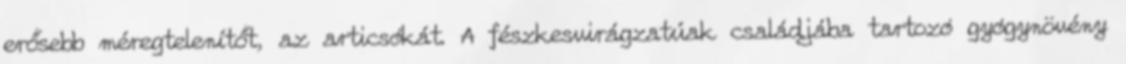
erősebb méregtelenítőt, az articsókát. A fészkesvirágzatúak családjába tartozó gyógynövény